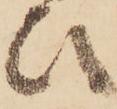
ひ